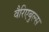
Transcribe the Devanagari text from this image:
वैरिएबुल्स